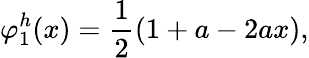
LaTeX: \varphi_{1}^{h}(x)={\frac{1}{2}}(1+a-2ax),